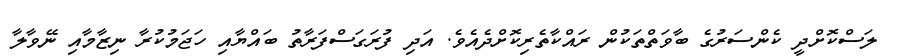
ލަސްކޮށްދީ ކެންސަރުގެ ބާވަތްތަކުން ރައްކާތެރިކޮށްދެއެވެ. އަދި ފުރަގަސްފަރާތު ބައްޔާއި ހަޖަމުކުރާ ނިޒާމާއި ނޭވާލާ